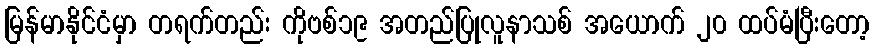
မြန်မာနိုင်ငံမှာ တရက်တည်း ကိုဗစ်၁၉ အတည်ပြုလူနာသစ် အယောက် ၂၀ ထပ်မံပြီးတော့